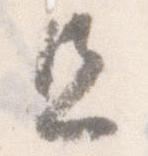
且